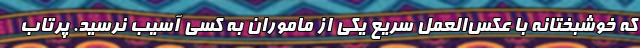
که خوشبختانه با عکس‌العمل سریع یکی از ماموران به کسی آسیب نرسید. پرتاب